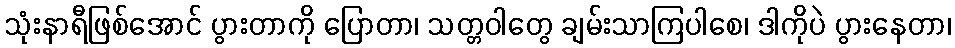
သုံးနာရီဖြစ်အောင် ပွားတာကို ပြောတာ၊ သတ္တဝါတွေ ချမ်းသာကြပါစေ၊ ဒါကိုပဲ ပွားနေတာ၊